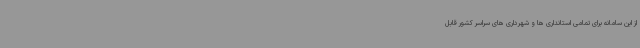
از این سامانه برای تمامی استانداری ها و شهرداری های سراسر کشور قابل